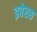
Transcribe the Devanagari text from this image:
इबेरस